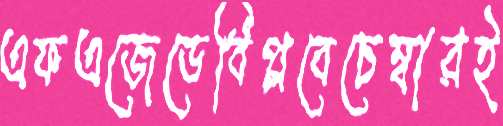
এফএজেডেবিপ্লবেচেম্বারই